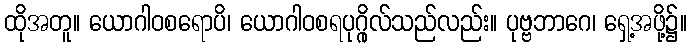
ထိုအတူ။ ယောဂါဝစရောပိ၊ ယောဂါဝစရပုဂ္ဂိုလ်သည်လည်း။ ပုဗ္ဗဘာဂေ၊ ရှေ့အဖို့၌။